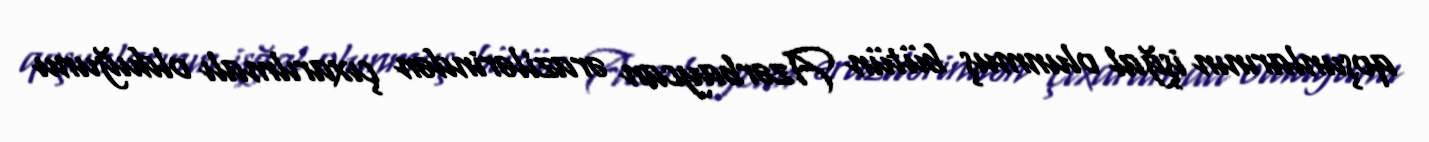
qoşunlarının işğal olunmuş bütün Azərbaycan ərazilərindən çıxarılmalı olduğunu